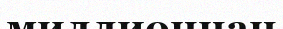
миллионнан